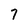
Character: 7